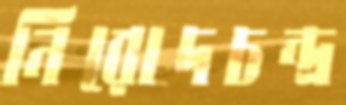
নিরোদচন্দ্র